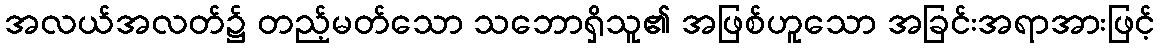
အလယ်အလတ်၌ တည့်မတ်သော သဘောရှိသူ၏ အဖြစ်ဟူသော အခြင်းအရာအားဖြင့်